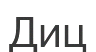
Диц